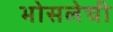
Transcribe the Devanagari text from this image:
भोसलेची